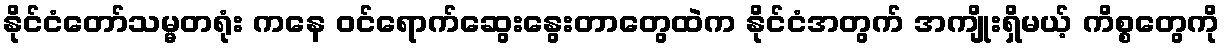
နိုင်ငံတော်သမ္မတရုံး ကနေ ဝင်ရောက်ဆွေးနွေးတာတွေထဲက နိုင်ငံအတွက် အကျိုးရှိမယ့် ကိစ္စတွေကို